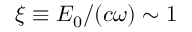
\xi \equiv E _ { 0 } / ( c \omega ) \sim 1